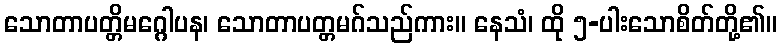
သောတာပတ္တိမဂ္ဂေါပန၊ သောတာပတ္တမဂ်သည်ကား။ နေသံ၊ ထို ၅-ပါးသောစိတ်တို့၏။